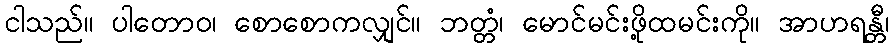
ငါသည်။ ပါတောဝ၊ စောစောကလျှင်။ ဘတ္တံ၊ မောင်မင်းဖို့ထမင်းကို။ အာဟရန္တီ၊